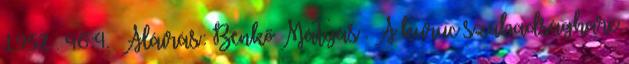
1952 . 46:4. Aláírás: Benkő Mátyás . A kuruc szabadságharc